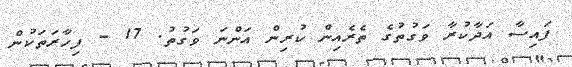
ފައިސާ އަދާކުރާ ވަގުތުގެ ތެރެއިން ކުރިން އަންނަ ވަގުތު. 17 - ފިހާރަތަކުން